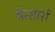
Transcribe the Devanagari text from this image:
श्वेत्सारों